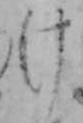
け